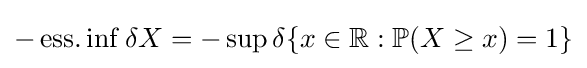
-\operatorname {ess.inf} \delta X=-\sup \delta \{x\in \mathbb {R} :\mathbb {P} (X\geq x)=1\}